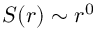
S ( r ) \sim r ^ { 0 }